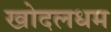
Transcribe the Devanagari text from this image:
खोदलधम